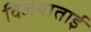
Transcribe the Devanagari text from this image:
विजयाताई